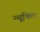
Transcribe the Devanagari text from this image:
न्यूक्लि